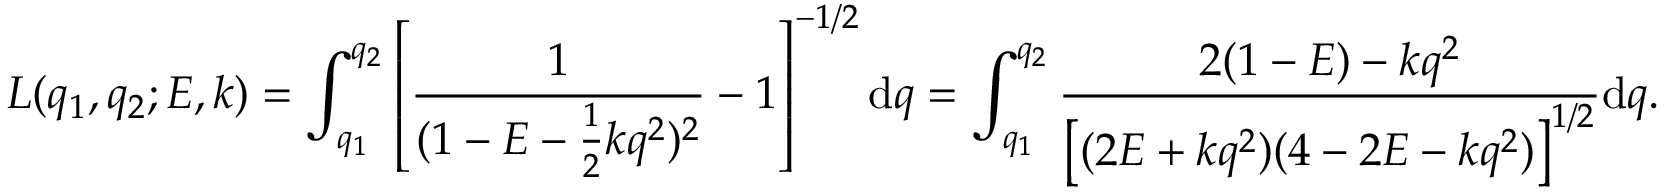
L ( q _ { 1 } , q _ { 2 } ; E , k ) = \int _ { q _ { 1 } } ^ { q _ { 2 } } \left[ \frac { 1 } { ( 1 - E - \frac { 1 } { 2 } k q ^ { 2 } ) ^ { 2 } } - 1 \right] ^ { - 1 / 2 } \mathrm { d } q = \int _ { q _ { 1 } } ^ { q _ { 2 } } \frac { 2 ( 1 - E ) - k q ^ { 2 } } { \left[ ( 2 E + k q ^ { 2 } ) ( 4 - 2 E - k q ^ { 2 } ) \right] ^ { 1 / 2 } } \mathrm { d } q .